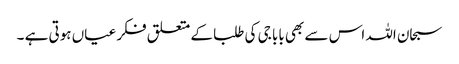
سبحان اللہ اس سے بھی بابا جی کی طلبا کے متعلق فکر عیاں ہوتی ہے ۔